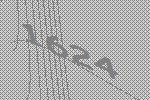
1624